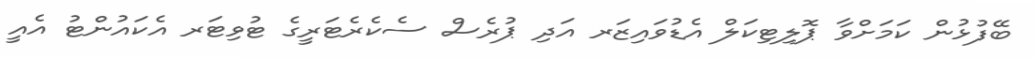
ބޭފުޅުން ކަމަށްވާ ޕޮލިޓިކަލް އެޑުވައިޒަރ އަދި ޕުރެސް ސެކެރެޓަރީގެ ޓުވިޓަރ އެކައުންޓު އެއީ